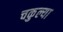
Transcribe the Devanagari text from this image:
चकुल्या